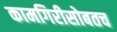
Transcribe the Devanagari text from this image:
कामगिरीसोबतच